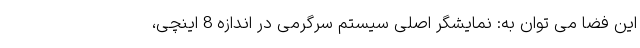
این فضا می توان به: نمایشگر اصلی سیستم سرگرمی در اندازه 8 اینچی،